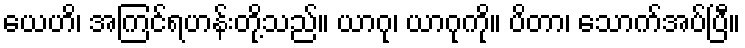
ယေဟိ၊ အကြင်ရဟန်းတို့သည်။ ယာဂု၊ ယာဂုကို။ ပိတာ၊ သောက်အပ်ပြီ။